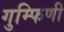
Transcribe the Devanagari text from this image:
गुम्फिणी